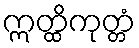
ဣတ္ထိကုတ္တံ